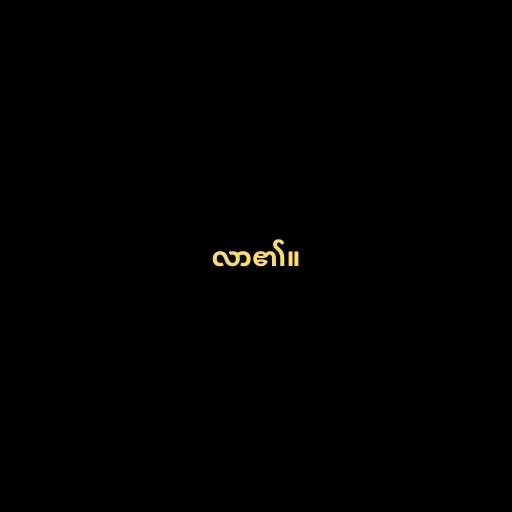
လာ၏။